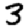
Digit: 3